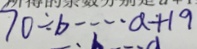
7 0 \div b \cdots a + 1 9